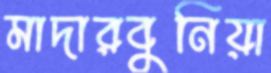
মাদারবুনিয়া